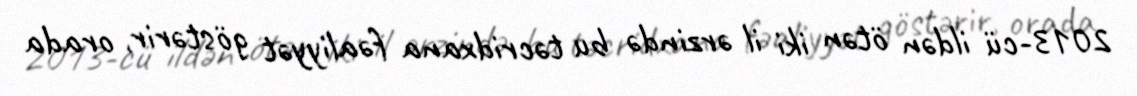
2013-cü ildən ötən iki il ərzində bu təcridxana fəaliyyət göstərir, orada